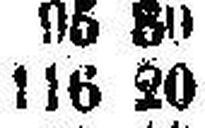
116 20